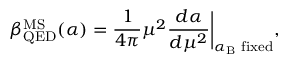
\beta _ { \mathrm { \tiny { Q E D } } } ^ { \mathrm { \tiny { M S } } } ( \alpha ) = \frac { 1 } { 4 \pi } \mu ^ { 2 } \frac { d \alpha } { d \mu ^ { 2 } } \biggr | _ { \alpha _ { \mathrm { \tiny { B } } } \mathrm { \scriptsize { ~ f i x e d } } } ,